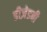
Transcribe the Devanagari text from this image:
डीज़ेडबी